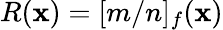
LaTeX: R(\mathbf{x})=[m/n]_{f}(\mathbf{x})